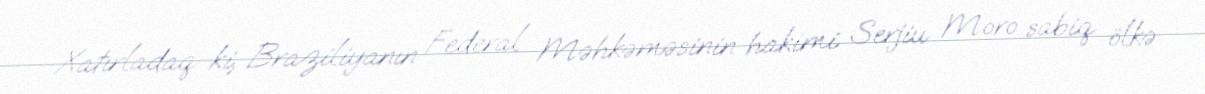
Xatırladaq ki, Braziliyanın Federal Məhkəməsinin hakimi Serjiu Moro sabiq ölkə